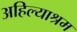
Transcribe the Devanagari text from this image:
अहिल्याश्रम